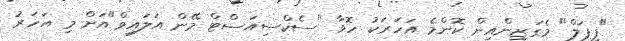
"ޕީޕަލް" މެގަޒިންއިން ކޮންމެ އަހަރަކު ހޮވާ "ސެކްސިއަސްޓް މޭން އަލައިވް"އަށް މި އަހަރު